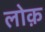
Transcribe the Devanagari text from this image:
लोक़